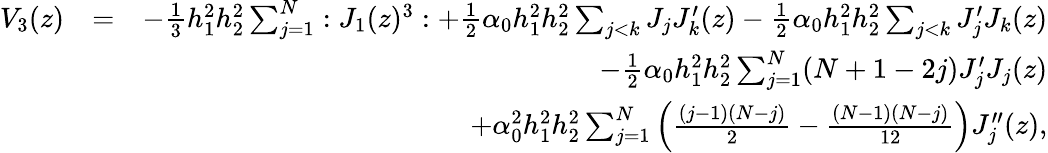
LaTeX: \begin{array}{rlr}{V_{3}(z)}&{=}&{-\frac{1}{3}h_{1}^{2}h_{2}^{2}\sum_{j=1}^{N}:J_{1}(z)^{3}:+\frac{1}{2}\alpha_{0}h_{1}^{2}h_{2}^{2}\sum_{j<k}J_{j}J_{k}^{\prime}(z)-\frac{1}{2}\alpha_{0}h_{1}^{2}h_{2}^{2}\sum_{j<k}J_{j}^{\prime}J_{k}(z)}\\ &{}&{-\frac{1}{2}\alpha_{0}h_{1}^{2}h_{2}^{2}\sum_{j=1}^{N}(N+1-2j)J_{j}^{\prime}J_{j}(z)}\\ &{}&{+\alpha_{0}^{2}h_{1}^{2}h_{2}^{2}\sum_{j=1}^{N}\left(\frac{(j-1)(N-j)}{2}-\frac{(N-1)(N-j)}{12}\right)J_{j}^{\prime\prime}(z),}\end{array}